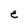
Character: e